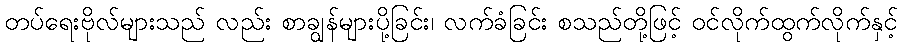
တပ်ရေးဗိုလ်များသည် လည်း စာချွန်များပို့ခြင်း၊ လက်ခံခြင်း စသည်တို့ဖြင့် ဝင်လိုက်ထွက်လိုက်နှင့်